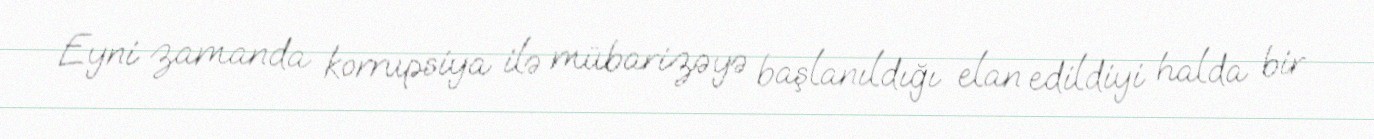
Eyni zamanda korrupsiya ilə mübarizəyə başlanıldığı elan edildiyi halda bir